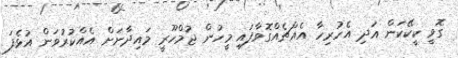
ގޮވީ ކީކޭކަން އަދި އެހުރިހާ އެއްޗެއްގޮވާފައި މީހުން ޖުމްހޫރީ މައިދާނަށް އެއްކުރުވަން އުޅެފަ